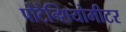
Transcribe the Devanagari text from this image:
पोटैन्शियोमीटर